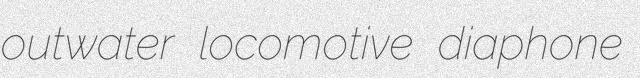
outwater locomotive diaphone